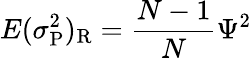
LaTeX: E(\sigma_{\mathrm P}^{2})_{\mathrm R}={\frac{N-1}{N}}\Psi^{2}